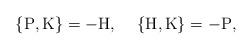
LaTeX: \begin{align*}\{ {\rm P} , {\rm K} \} = - {\rm H} , \hspace{5 mm} \{ {\rm H} , {\rm K} \} = - {\rm P},\end{align*}